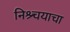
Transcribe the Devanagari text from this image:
निश्र्चयाचा